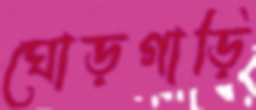
ঘোড়গাড়ি